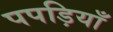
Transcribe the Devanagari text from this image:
पपड़ियाँ